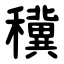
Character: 䆊